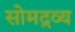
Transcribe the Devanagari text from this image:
सोमद्रव्य